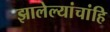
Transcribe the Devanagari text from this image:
झालेल्यांचांहि